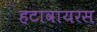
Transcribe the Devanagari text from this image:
हंटावायरस